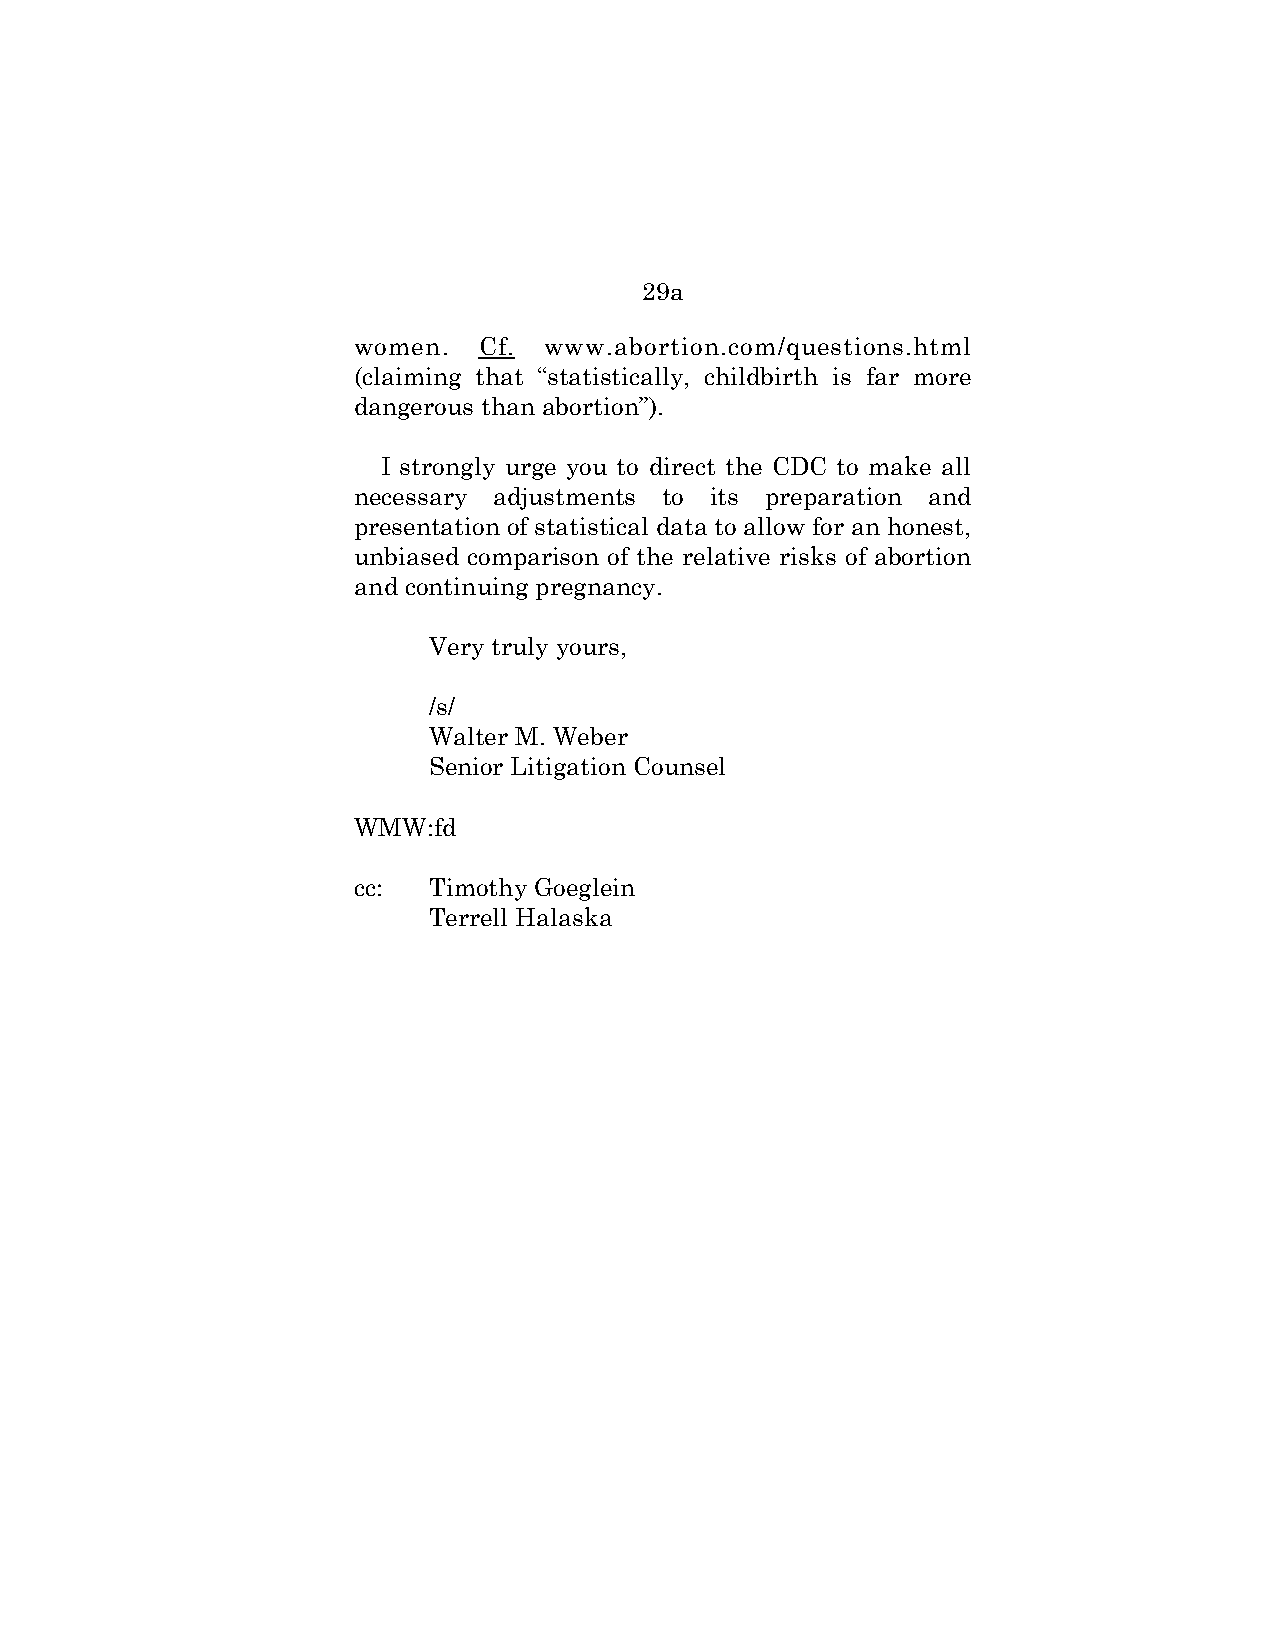
29a
 women.  Cf.  www.abortion.com/questions.html
 (claiming that “statistically, childbirth is far more
 dangerous than abortion”).
 I strongly urge you to direct the CDC to make all
 necessary adjustments to its preparation and
 presentation of statistical data to allow for an honest,
 unbiased comparison of the relative risks of abortion
 and continuing pregnancy.
 Very truly yours,
 /s/
 Walter M. Weber
 Senior Litigation Counsel
 WMW:fd
 cc:  Timothy Goeglein
 Terrell Halaska